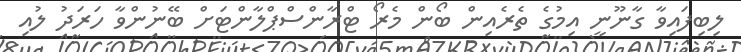
ލިބިފައިވާ ގާނޫނީ އިމުގެ ތެރެއިން ބޯން މެރޯ ޓްރާންސްޕްލާންޓަށް ބޭނުންވާ ހަރަދު ލުއި